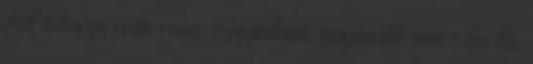
A felesége echte roma. Hatalmas, magasabb mint a barba,